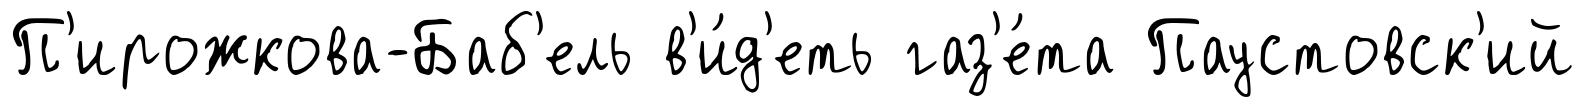
П'ирожкова-Баб'ель в'и́д'еть газ'е́та Паустовск'ий